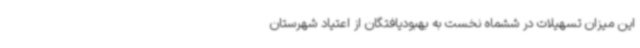
این میزان تسهیلات در ششماه نخست به بهبودیافتگان از اعتیاد شهرستان